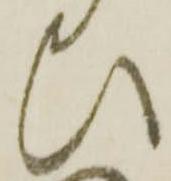
ひ